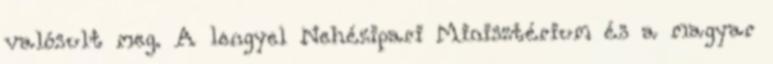
valósult meg. A lengyel Nehézipari Minisztérium és a magyar